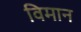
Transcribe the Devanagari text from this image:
विमान